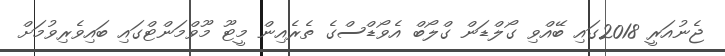
ޖެނުއަރީ 2018ގައި ބޭއްވި ގޯލްޑަން ގްލޯބް އެވޯޑްސްގެ ތެރެއިން މީޓޫ މޫވްމަންޓްގައި ބައިވެރިވުމަށް